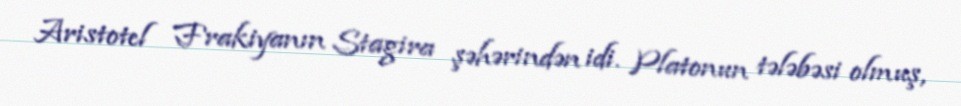
Aristotel Frakiyanın Stagira şəhərindən idi. Platonun tələbəsi olmuş,